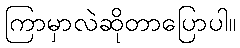
ကြာမှာလဲဆိုတာပြောပါ။